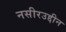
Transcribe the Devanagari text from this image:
नसीरउद्दीन